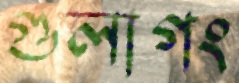
গুলাগং